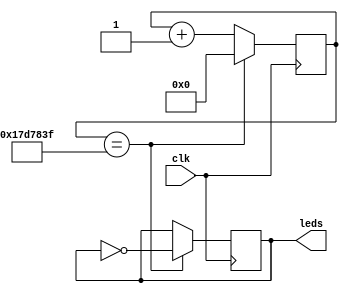
module HelloWorld (
    input wire clk,  // System clock
    output reg [7:0] leds // 8 LEDs
);

    reg [24:0] counter; // 25-bit counter to create delay

    always @(posedge clk) begin
        counter <= counter + 1; // Increment counter on every clock edge
        if (counter == 25'd24_999_999) begin // Adjust the count value based on your clock frequency
            leds <= ~leds; // Toggle LEDs
            counter <= 0; // Reset counter
        end
    end

    initial begin
        counter = 0; // Initialize counter
        leds = 0; // Initialize LEDs to be off
    end

endmodule